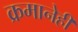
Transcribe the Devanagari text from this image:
क्रमानेही